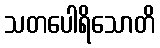
သတပေါရိသောတိ